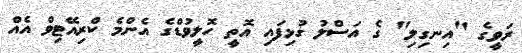
ރަވީގެ "އިނގިލި" ގެ އަސްލު ގުޅިފައި އޮތީ ހޮލީވުޑްގެ އެންމެ ކްރިއޭޓިވް އެއް